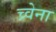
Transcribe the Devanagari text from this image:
च्र्वेना